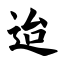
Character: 迨